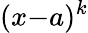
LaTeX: (x{-}a)^{k}